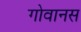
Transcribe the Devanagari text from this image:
गोवानस